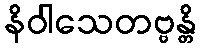
နိဝါသေတဗ္ဗန္တိ